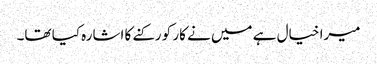
میرا خیال ہے میں نے کار کو رکنے کا اشارہ کیا تھا۔